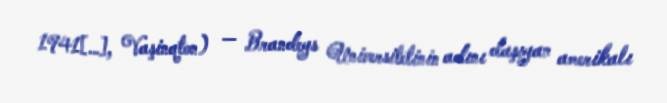
1941[…], Vaşinqton) — Brandeys Universitetinin adını daşıyan amerikalı